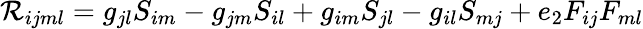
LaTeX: \mathcal{R}_{ijml}=g_{jl}S_{im}-g_{jm}S_{il}+g_{im}S_{jl}-g_{il}S_{mj}+e_{2}F_{ij}F_{ml}